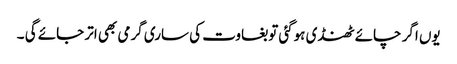
یوں اگر چائے ٹھنڈی ہوگئی توبغاوت کی ساری گرمی بھی اتر جائے گی ۔